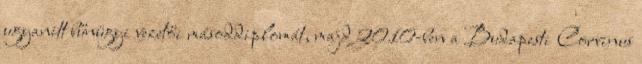
ugyanitt bűnügyi vezetői másoddiplomát, majd 2010-ben a Budapesti Corvinus